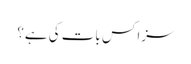
سزا کس بات کی ہے؟